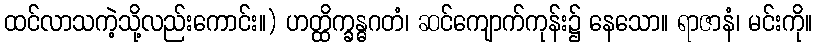
ထင်လာသကဲ့သို့လည်းကောင်း။) ဟတ္ထိက္ခန္ဓဂတံ၊ ဆင်ကျောက်ကုန်း၌ နေသော။ ရာဇာနံ၊ မင်းကို။